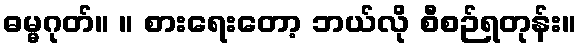
ဓမ္မဂုတ်။ ။ စားရေးတော့ ဘယ်လို စီစဉ်ရတုန်း။